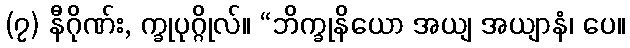
(၇) နီဂိုဏ်း, က္ခုပုဂ္ဂိုလ်။ “ဘိက္ခုနိယော အယျ အယျာနံ၊ ပေ။